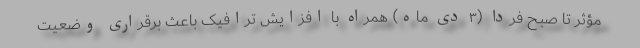
مؤثر تا صبح فردا (۳ دی ماه) همراه با افزایش ترافیک باعث برقراری وضعیت